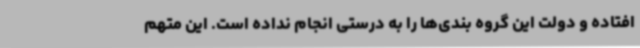
افتاده و دولت این گروه بندی‌ها را به درستی انجام نداده است. این متهم